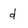
Character: d